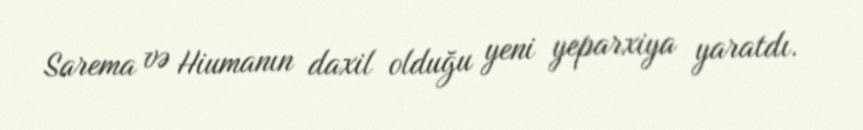
Sarema və Hiumanın daxil olduğu yeni yeparxiya yaratdı.